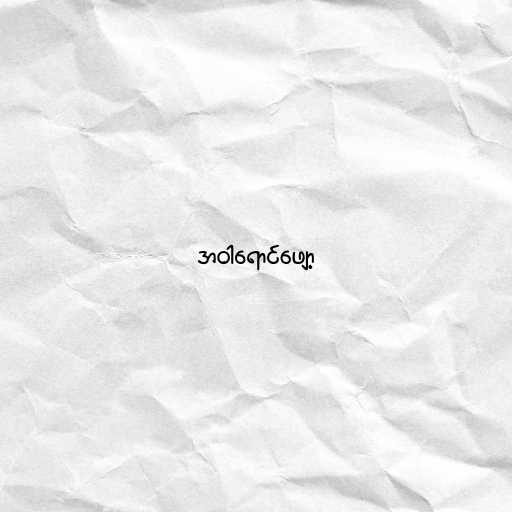
အဝါရောင်ဖျော့